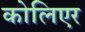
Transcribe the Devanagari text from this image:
कोलिएर